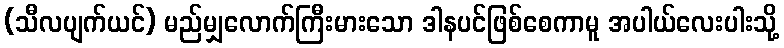
(သီလပျက်ယင်) မည်မျှလောက်ကြီးမားသော ဒါနပင်ဖြစ်စေကာမူ အပါယ်လေးပါးသို့